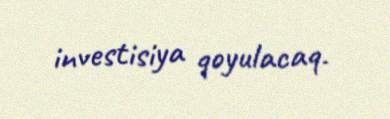
investisiya qoyulacaq.